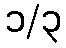
၁/၃